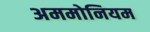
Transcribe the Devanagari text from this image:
अममोनियम